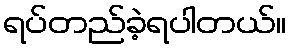
ရပ်တည်ခဲ့ရပါတယ်။